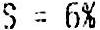
S = 6%